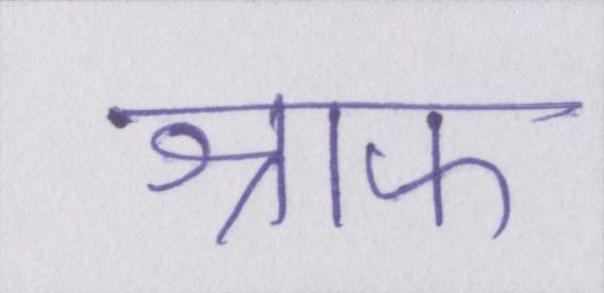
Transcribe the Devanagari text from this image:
श्राफ